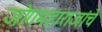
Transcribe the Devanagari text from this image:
जोगमहाराजांचे